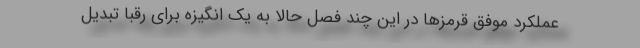
عملکرد موفق قرمزها در این چند فصل حالا به یک انگیزه برای رقبا تبدیل